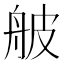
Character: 𦨭